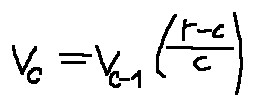
v _ { c } = v _ { c - 1 } ( \frac { r - c } { c } )